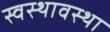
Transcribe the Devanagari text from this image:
स्वस्थावस्था